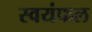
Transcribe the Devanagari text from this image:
स्वयंफल